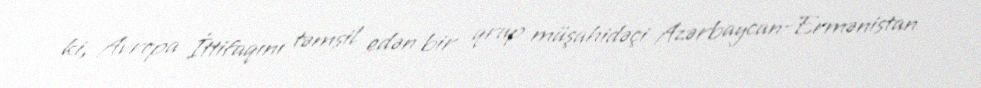
ki, Avropa İttifaqını təmsil edən bir qrup müşahidəçi Azərbaycan-Ermənistan